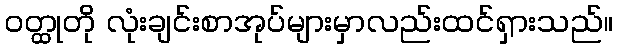
ဝတ္ထုတို လုံးချင်းစာအုပ်များမှာလည်းထင်ရှားသည်။